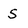
Character: S